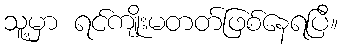
သူ့မှာ ရင်ကျိုးမတတ်ဖြစ်နေရပြီ။